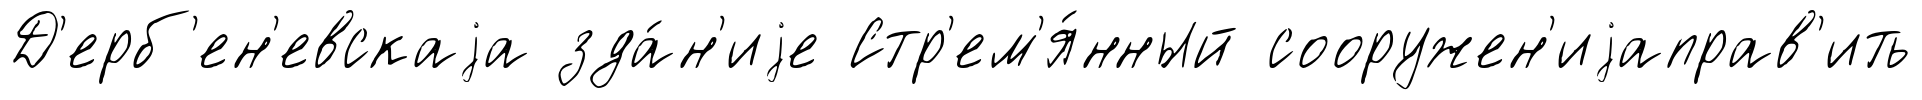
Д'ерб'ен'евскаjа зда́н'иjе Стр'ем'я́нный сооружен'иjаправ'ить